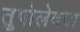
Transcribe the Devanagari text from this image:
तुपोलेवचा